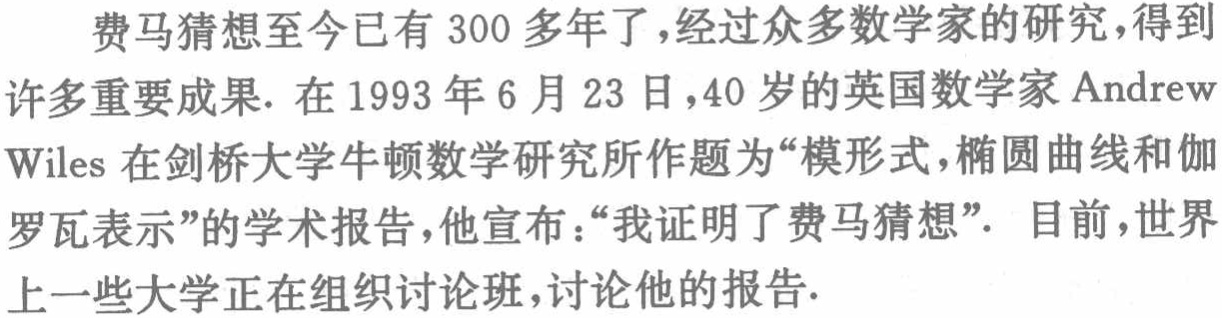
费马猜想至今已有 300 多年了，经过众多数学家的研究，得到许多重要成果. 在 1993 年 6 月 23 日，40 岁的英国数学家 Andrew Wiles 在剑桥大学牛顿数学研究所作题为“模形式，椭圆曲线和伽罗瓦表示”的学术报告，他宣布：“我证明了费马猜想”. 目前，世界上一些大学正在组织讨论班，讨论他的报告.